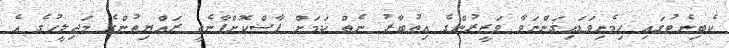
ކެބިނެޓުގައި ހިމެނިވަޑައިގަންނަވާ ވަޒީރުންގެ އިތުބާރު ނެތް ކަމަށް ފާސްކޮށްފާނެތީ ރައްޔިތުންގެ މަޖިލީހުގެ އެ